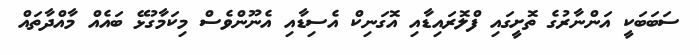
ސަބަބަކީ އަންނާރުގެ ތޮށީގައި ފްލޮރައިޑާއި އޮގަނިކް އެސިޑާއި އެނޫންވެސް މިކަމާގުޅޭ ބައެއް މާއްދާތައް